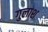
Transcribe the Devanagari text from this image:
गुलाश